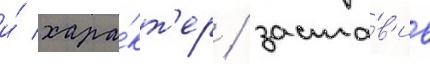
и́ хара́кт'ер / заста́в'ив